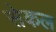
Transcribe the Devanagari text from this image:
सेकल